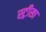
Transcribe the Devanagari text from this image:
स्ट्रीसा